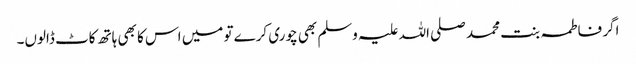
اگر فاطمہ بنت محمد صلی اللہ علیہ وسلم بھی چوری کرے تو میں اس کا بھی ہاتھ کاٹ ڈالوں۔